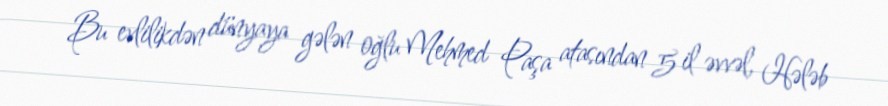
Bu evlilikdən dünyaya gələn oğlu Mehmed Paşa atasından 5 il əvvəl, Hələb